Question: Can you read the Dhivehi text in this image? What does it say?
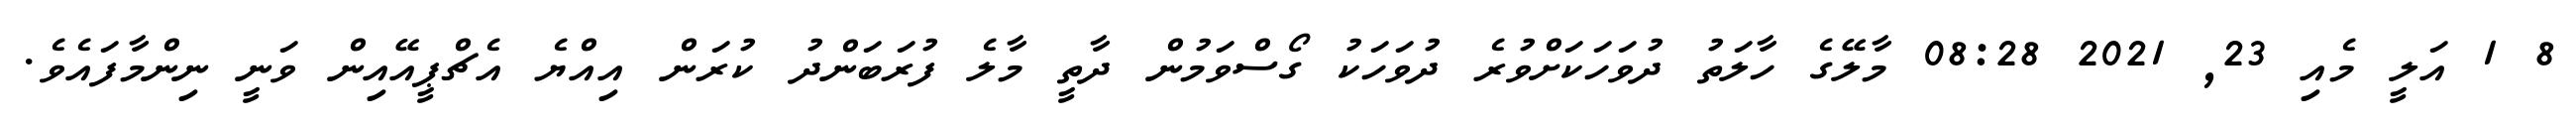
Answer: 8 1 އަލީ މެއި 23, 2021 08:28 މާލޭގެ ހާލަތު ދުވަހަކަށްވުރެ ދުވަހަކު ގޯސްވަމުން ދާތީ މާލެ ފުރަބަންދު ކުރަން އިއްޔެ އެޗްޕީއޭއިން ވަނީ ނިންމާފައެވެ.